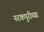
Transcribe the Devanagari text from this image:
नरकपुरीच्या